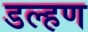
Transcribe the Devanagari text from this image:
डल्हण